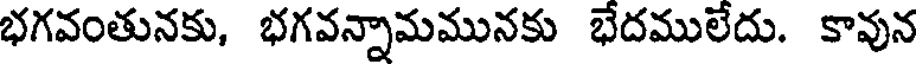
భగవంతునకు, భగవన్నామమునకు భేదములేదు. కావున